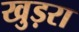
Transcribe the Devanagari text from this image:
खुड़रा